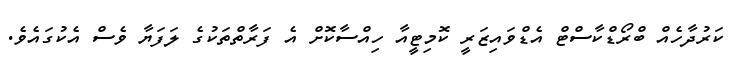
ކަރުދާހެއް ބްރޯޑްކާސްޓް އެޑްވައިޒަރީ ކޮމިޓީއާ ހިއްސާކޮށް އެ ފަރާތްތަކުގެ ލަފަޔާ ވެސް އެކުގައެވެ.